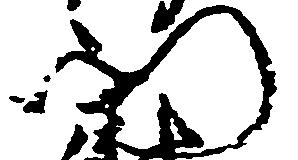
門